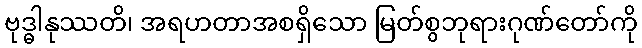
ဗုဒ္ဓါနုဿတိ၊ အရဟတာအစရှိသော မြတ်စွဘုရားဂုဏ်တော်ကို